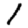
Digit: 1